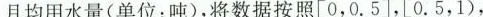
月均用水量(单位：吨)，将数据按照[0，0.5]，[0.5，1)，